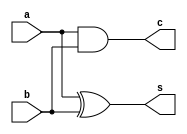
// Half Adder - Raj & Athul

module half_adder(output c, output s, input a, input b);
	
	xor(s, a, b);
	and(c, a, b);

endmodule